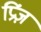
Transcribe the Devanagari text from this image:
प्रिंज़